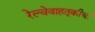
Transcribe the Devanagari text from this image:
रेल्वेवाहतूकीची